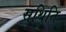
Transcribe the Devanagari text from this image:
सथिति